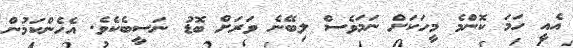
އެއީ ހަމަ ކޮންމެ މީހަކަށް ނަމަވެސް ލިބޭނެ ވަރަށް ބޮޑު ނަސީބެކެވެ. އެހެންކަމުން